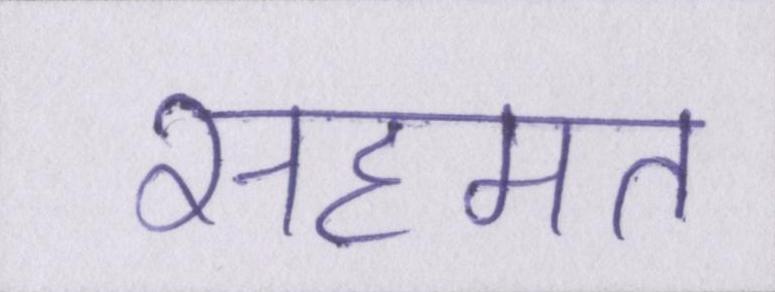
सहमत